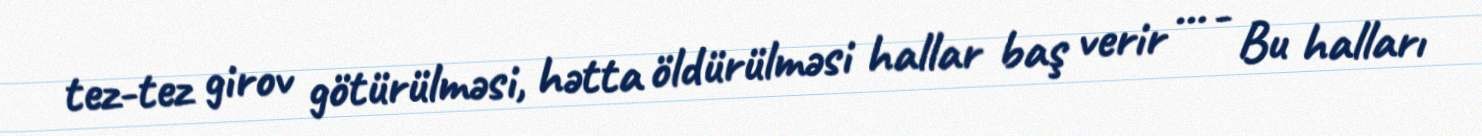
tez-tez girov götürülməsi, hətta öldürülməsi hallar baş verir ... - Bu halları